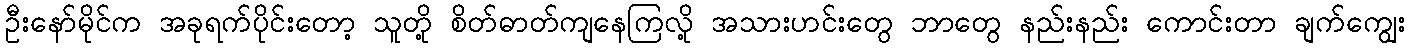
ဦးနော်မိုင်က အခုရက်ပိုင်းတော့ သူတို့ စိတ်ဓာတ်ကျနေကြလို့ အသားဟင်းတွေ ဘာတွေ နည်းနည်း ကောင်းတာ ချက်ကျွေး